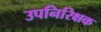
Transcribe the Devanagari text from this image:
उपनिरिक्षक